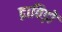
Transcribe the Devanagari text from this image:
द्राविड़ों